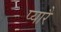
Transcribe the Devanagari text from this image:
प्यारै